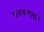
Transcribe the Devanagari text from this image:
करकमलाने